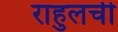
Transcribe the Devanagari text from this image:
राहुलची